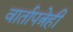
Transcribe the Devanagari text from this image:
वार्तापत्रेही